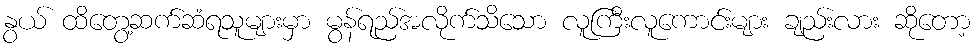
နွယ် ထိတွေ့ဆက်ဆံရသူများမှာ မွန်ရည်အလိုက်သိသော လူကြီးလူကောင်းများ ချည်းလား ဆိုတော့